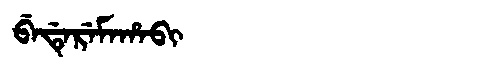
Manchu: ᠪᡝᡩᡝᡵᡝᠮᠠᡥᠠᠪᡳ
Romanization: BEDEREMAHABI